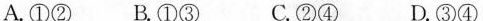
A.①② B.①③ C.②④ D.③④